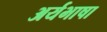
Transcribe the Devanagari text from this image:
अर्यभाषा